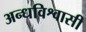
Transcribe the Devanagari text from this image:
अन्धविश्वासी